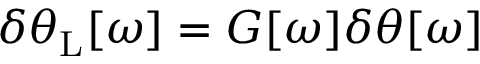
\delta \theta _ { \mathrm { { L } } } [ \omega ] = G [ \omega ] \delta \theta [ \omega ]